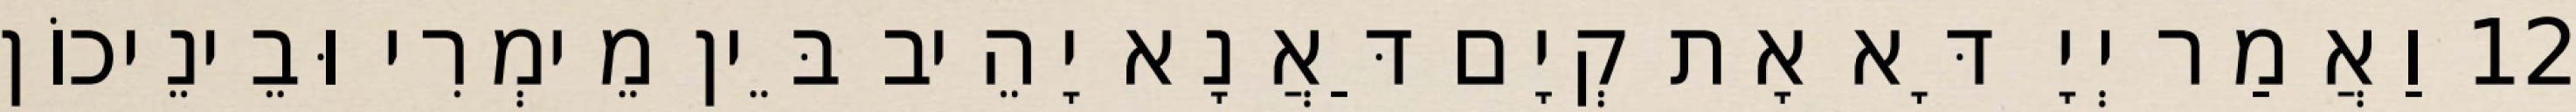
12 וַאֲמַר יְיָ דָּא אָת קְיָם דַּאֲנָא יָהֵיב בֵּין מֵימְרִי וּבֵינֵיכוֹן